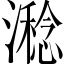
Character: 𣿇